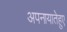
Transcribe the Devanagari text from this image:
अपनायातेहुए